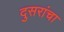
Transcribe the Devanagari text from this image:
दुसरांचा